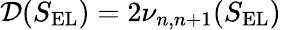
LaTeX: \mathcal{D}(S_{\mathrm{EL}})=2\nu_{n,n+1}(S_{\mathrm{EL}})